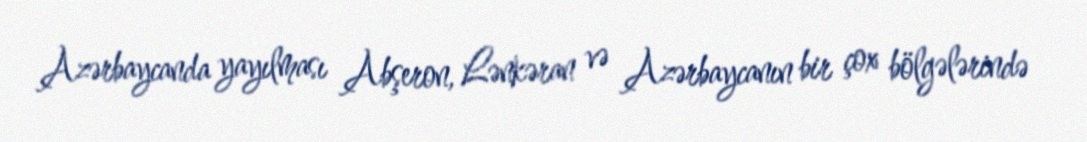
Azərbaycanda yayılması Abşeron, Lənkəran və Azərbaycanın bir çox bölgələrində